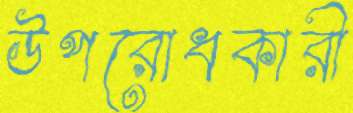
উপরোধকারী